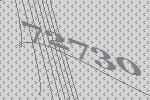
72730